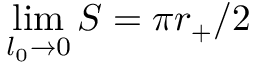
\operatorname* { l i m } _ { l _ { 0 } \to 0 } S = \pi r _ { + } / 2